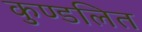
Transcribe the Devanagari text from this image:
कुण्डलित